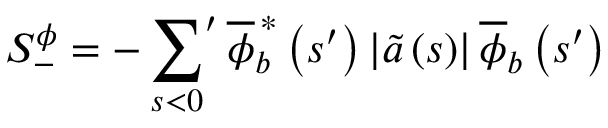
S _ { - } ^ { \phi } = - \displaystyle \sideset { } { ' } \sum _ { s < 0 } \overline { { \phi } } _ { b } ^ { \, \ast } \left( s ^ { \prime } \right) \left\vert \widetilde { a } \left( s \right) \right\vert \overline { { \phi } } _ { b } \left( s ^ { \prime } \right)